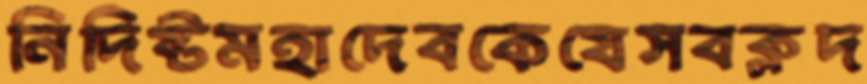
নিদিষ্টমহাদেবকেযেসবক্লদ